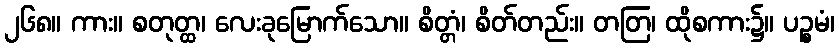
၂၆၈။ ကား။ စတုတ္ထ၊ လေးခုမြောက်သော။ စိတ္တံ၊ စိတ်တည်း။ တတြ၊ ထိုစကား၌။ ပဉ္စမံ၊